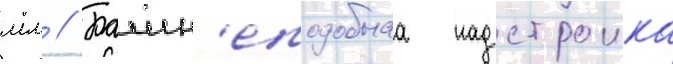
мм // Башн'еподобнаа надстроика